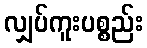
လျှပ်ကူးပစ္စည်း